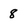
Character: 8